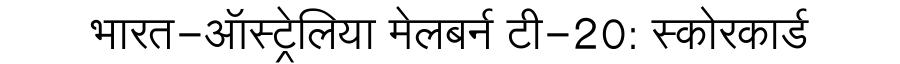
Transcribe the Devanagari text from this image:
भारत-ऑस्ट्रेलिया मेलबर्न टी-20: स्कोरकार्ड